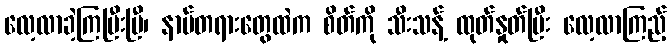
လေ့လာခဲ့ကြပြီးပြီ၊ နာမ်တရားတွေထဲက စိတ်ကို သီးသန့် ထုတ်နှုတ်ပြီး လေ့လာကြည့်